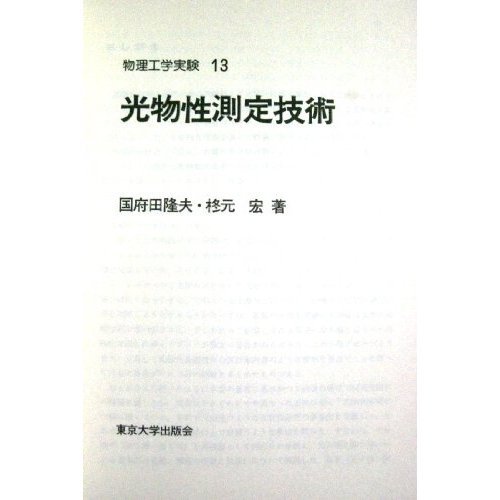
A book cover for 13 Optical Properties measurement technology engineering physics experiment (1983) ISBN: 4130630334 [Japanese Import]; Science & Math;